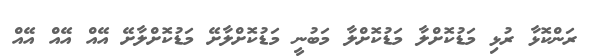
ރަންކޮޅާ ރުޅި މަޑުކޮށްލާ މަޑުކޮށްލާ މަބުނީ މަޑުކޮށްލާށޭ މަޑުކޮށްލާށޭ އޭއް އޭޭއް އޭއް